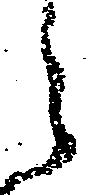
之